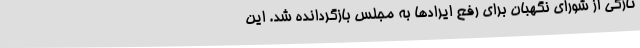
تازگی از شورای نگهبان برای رفع ایرادها به مجلس بازگردانده شد. این